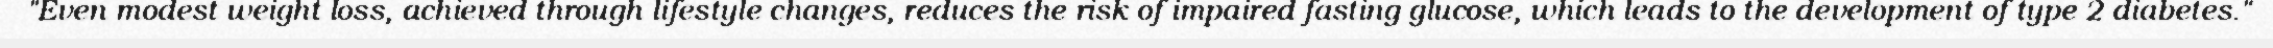
"Even modest weight loss, achieved through lifestyle changes, reduces the risk of impaired fasting glucose, which leads to the development of type 2 diabetes."